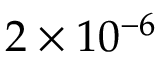
2 \times 1 0 ^ { - 6 }